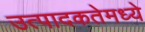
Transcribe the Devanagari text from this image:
उत्पादकतेमध्ये